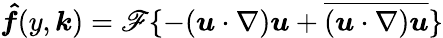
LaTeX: \boldsymbol{\hat{f}}(y,\boldsymbol{k})=\mathscr{F}\{ -(\boldsymbol{u}\cdot\nabla)\boldsymbol{u}+\overline{{(\boldsymbol{u}\cdot\nabla)\boldsymbol{u}}}\}